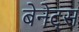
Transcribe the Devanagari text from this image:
बेनेट्स